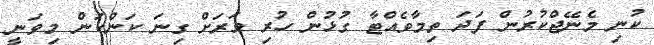
ކުނި މެނޭޖްކުރުން ފަދަ ތިމާވެއްޓާ ގުޅުން ހުރި ވަރަށް ގިނަ ކަންކަން މިވަނީ